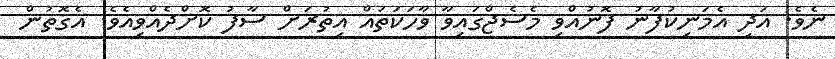
ނެވެ. އަދި އެމަނިކުފާނު ފޮނުއްވި މެސެޖްގައިވާ ވާހަކަތައް އިތުރަށް ސާފު ކޮށްދެއްވިއެވެ. އެގޮތުން